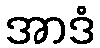
အာဒံ